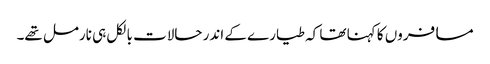
مسافروں کا کہنا تھا کہ طیارے کے اندر حالات بالکل ہی نارمل تھے۔